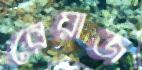
রেয়াজ